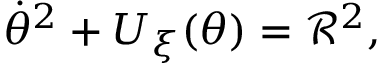
{ \dot { \theta } } ^ { 2 } + U _ { \xi } ( \theta ) = { \mathcal R } ^ { 2 } ,